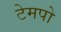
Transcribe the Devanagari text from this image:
टेमपो